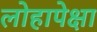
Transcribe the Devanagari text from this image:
लोहापेक्षा